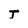
Character: T